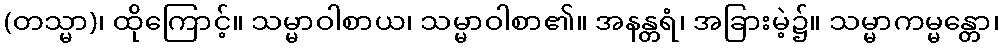
(တသ္မာ)၊ ထိုကြောင့်။ သမ္မာဝါစာယ၊ သမ္မာဝါစာ၏။ အနန္တရံ၊ အခြားမဲ့၌။ သမ္မာကမ္မန္တော၊